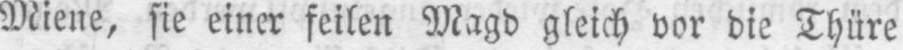
Miene, sie einer feilen Magd gleich vor die Thüre